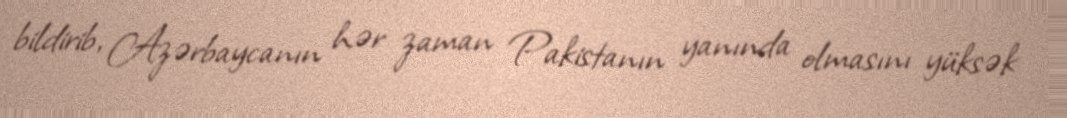
bildirib, Azərbaycanın hər zaman Pakistanın yanında olmasını yüksək